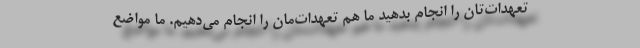
تعهدات‌تان را انجام بدهید ما هم تعهدات‌مان را انجام می‌دهیم. ما مواضع